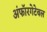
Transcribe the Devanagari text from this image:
अंफॉरगेटेबल